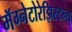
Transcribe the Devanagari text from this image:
मॅग्नेटोरेझिस्टन्स